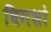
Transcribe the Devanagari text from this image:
बिगशो